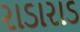
રાડારાડ